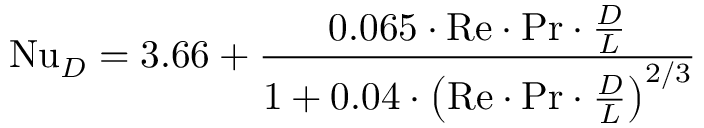
\mathrm { N u } _ { D } = 3 . 6 6 + { \frac { 0 . 0 6 5 \cdot \mathrm { R e } \cdot \mathrm { P r } \cdot { \frac { D } { L } } } { 1 + 0 . 0 4 \cdot \left( \mathrm { R e } \cdot \mathrm { P r } \cdot { \frac { D } { L } } \right) ^ { 2 / 3 } } }